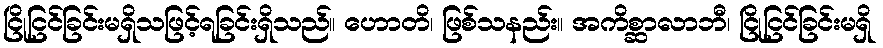
ငြိုငြင်ခြင်းမရှိသဖြင့်ရခြင်းရှိသည်။ ဟောတိ၊ ဖြစ်သနည်း။ အကိစ္ဆာလာဘီ၊ ငြိုငြင်ခြင်းမရှိ